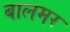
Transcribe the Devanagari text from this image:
बालमर